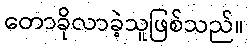
တောခိုလာခဲ့သူဖြစ်သည်။